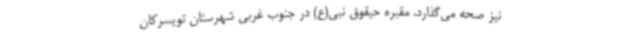
نیز صحه می‌گذارد. مقبره حیقوق نبی(ع) در جنوب غربی شهرستان تویسرکان